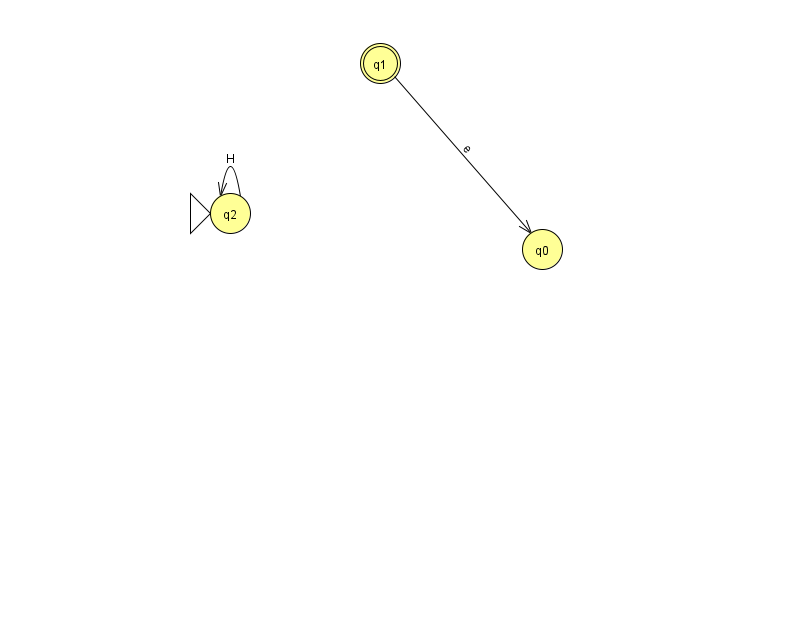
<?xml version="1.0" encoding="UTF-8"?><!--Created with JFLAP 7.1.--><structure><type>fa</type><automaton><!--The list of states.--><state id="0" name="q0"><x>542.0</x><y>236.0</y></state><state id="1" name="q1"><x>380.0</x><y>50.0</y><final/></state><state id="2" name="q2"><x>230.0</x><y>200.0</y><initial/></state><!--The list of transitions.--><transition><from>1</from><to>0</to><read>e</read></transition><transition><from>2</from><to>2</to><read>H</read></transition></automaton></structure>